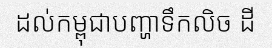
ដល់កម្ពុជាបញ្ហាទឹកលិច ដី